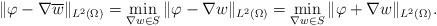
LaTeX: \begin{align*} \|\varphi -\nabla \overline{w}\|_{L^2(\Omega)} = \min_{\nabla w\in S}\|\varphi -\nabla w\|_{L^2(\Omega)} = \min_{\nabla w\in S}\|\varphi +\nabla w\|_{L^2(\Omega)}.\end{align*}